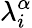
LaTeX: \lambda_{i}^{\alpha}